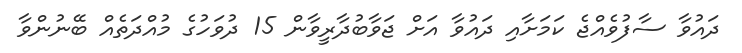
ދައުވާ ސާފުވެއްޖެ ކަމަށާއި ދައުވާ އަށް ޖަވާބުދާރީވާން 15 ދުވަހުގެ މުއްދަތެއް ބޭނުންވާ